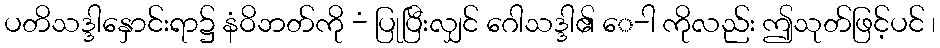
ပတိသဒ္ဒါနှောင်းရာ၌ နံဝိဘတ်ကို -ံ ပြုပြီးလျှင် ဂေါသဒ္ဒါ၏ ေ-ါ ကိုလည်း ဤသုတ်ဖြင့်ပင် ၊